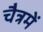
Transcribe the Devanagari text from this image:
चैत्रमें